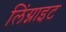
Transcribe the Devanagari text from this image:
लिंग्नाइट